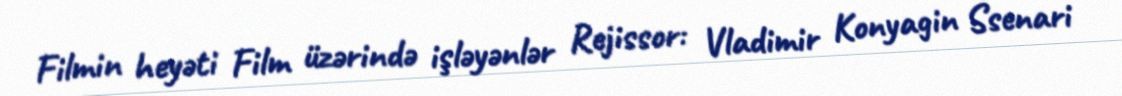
Filmin heyəti Film üzərində işləyənlər Rejissor: Vladimir Konyagin Ssenari